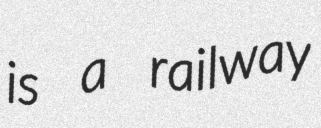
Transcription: is a railway